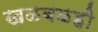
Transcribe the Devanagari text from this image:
खळबळही